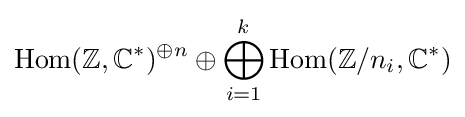
{\text{Hom}}(\mathbb {Z} ,\mathbb {C} ^{*})^{\oplus n}\oplus \bigoplus _{i=1}^{k}{\text{Hom}}(\mathbb {Z} /n_{i},\mathbb {C} ^{*})